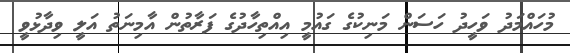
މުހައްމަދު ވަހީދު ހަސަން މަނިކުގެ ގައުމީ އިއްތިހާދުގެ ފަރާތުން އާމިނަތު އަލީ ވިދާޅުވީ